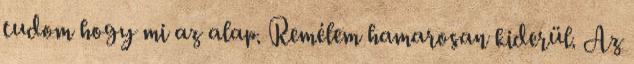
tudom hogy mi az alap. Remélem hamarosan kiderül. Az